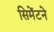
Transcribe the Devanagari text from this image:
सिमेंटने